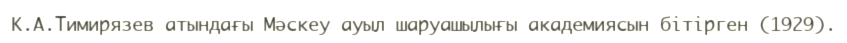
К.А.Тимирязев атындағы Мәскеу ауыл шаруашылығы академиясын бітірген (1929).